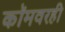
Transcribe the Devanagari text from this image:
कॉमवरही